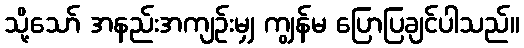
သို့သော် အနည်းအကျဉ်းမျှ ကျွန်မ ပြောပြချင်ပါသည်။